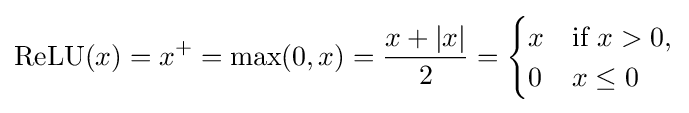
\operatorname {ReLU} (x)=x^{+}=\max(0,x)={\frac {x+|x|}{2}}={\begin{cases}x&{\text{if }}x>0,\\0&x\leq 0\end{cases}}